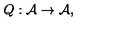
Q : { \cal A } \rightarrow { \cal A } ,